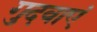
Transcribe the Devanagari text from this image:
गुदवाएं